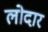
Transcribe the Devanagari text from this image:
लोदार